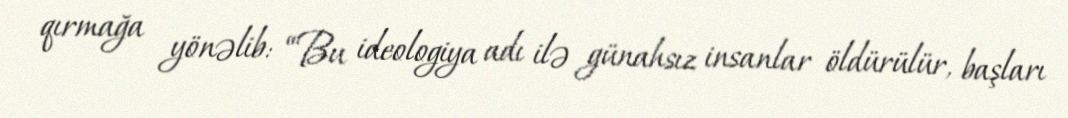
qırmağa yönəlib: “Bu ideologiya adı ilə günahsız insanlar öldürülür, başları